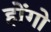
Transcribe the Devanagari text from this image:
होंगो